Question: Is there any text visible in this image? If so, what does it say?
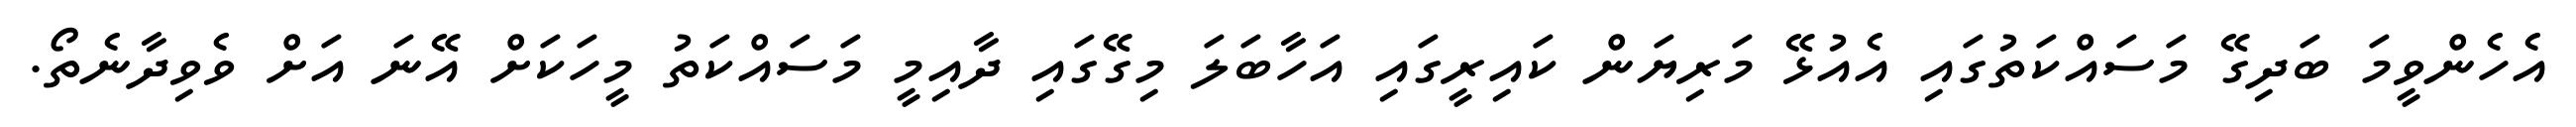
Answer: އެހެންވީމަ ބަދިގޭ މަސައްކަތުގައި އެއުޅޭ މަރިޔަން ކައިރީގައި އަހާބަލަ މިގޭގައި ދާއިމީ މަސައްކަތު މީހަކަށް އޭނަ އަށް ވެވިދާނެތޯ.